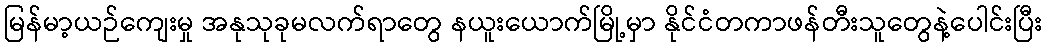
မြန်မာ့ယဉ်ကျေးမှု အနုသုခုမလက်ရာတွေ နယူးယောက်မြို့မှာ နိုင်ငံတကာဖန်တီးသူတွေနဲ့ပေါင်းပြီး